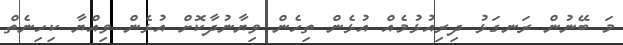
މަ ބޭނުން ރަނގަޅު ދިރިއުޅުމެއް އުޅެން ތިހެން ވިޔާނުދާކޮށް އުޅެން ވިއްޔާ ކިހިނެތް